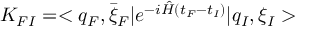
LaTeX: K _ { F I } = < q _ { F } , \bar { \xi } _ { F } \vert e ^ { - i \hat { H } ( t _ { F } - t _ { I } ) } \vert q _ { I } , \xi _ { I } >